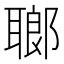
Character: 𦗏